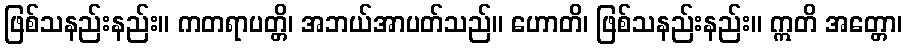
ဖြစ်သနည်းနည်း။ ကတရာပတ္တိ၊ အဘယ်အာပတ်သည်။ ဟောတိ၊ ဖြစ်သနည်းနည်း။ ဣတိ အတ္တော၊